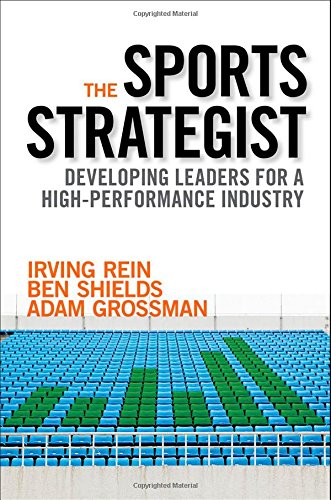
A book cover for The Sports Strategist: Developing Leaders for a High-Performance Industry; Irving Rein; Sports & Outdoors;